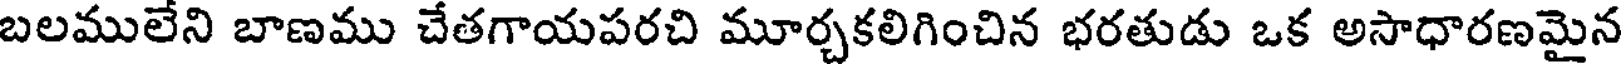
బలములేని బాణము చేతగాయపరచి మూర్చకలిగించిన భరతుడు ఒక అసాధారణమైన